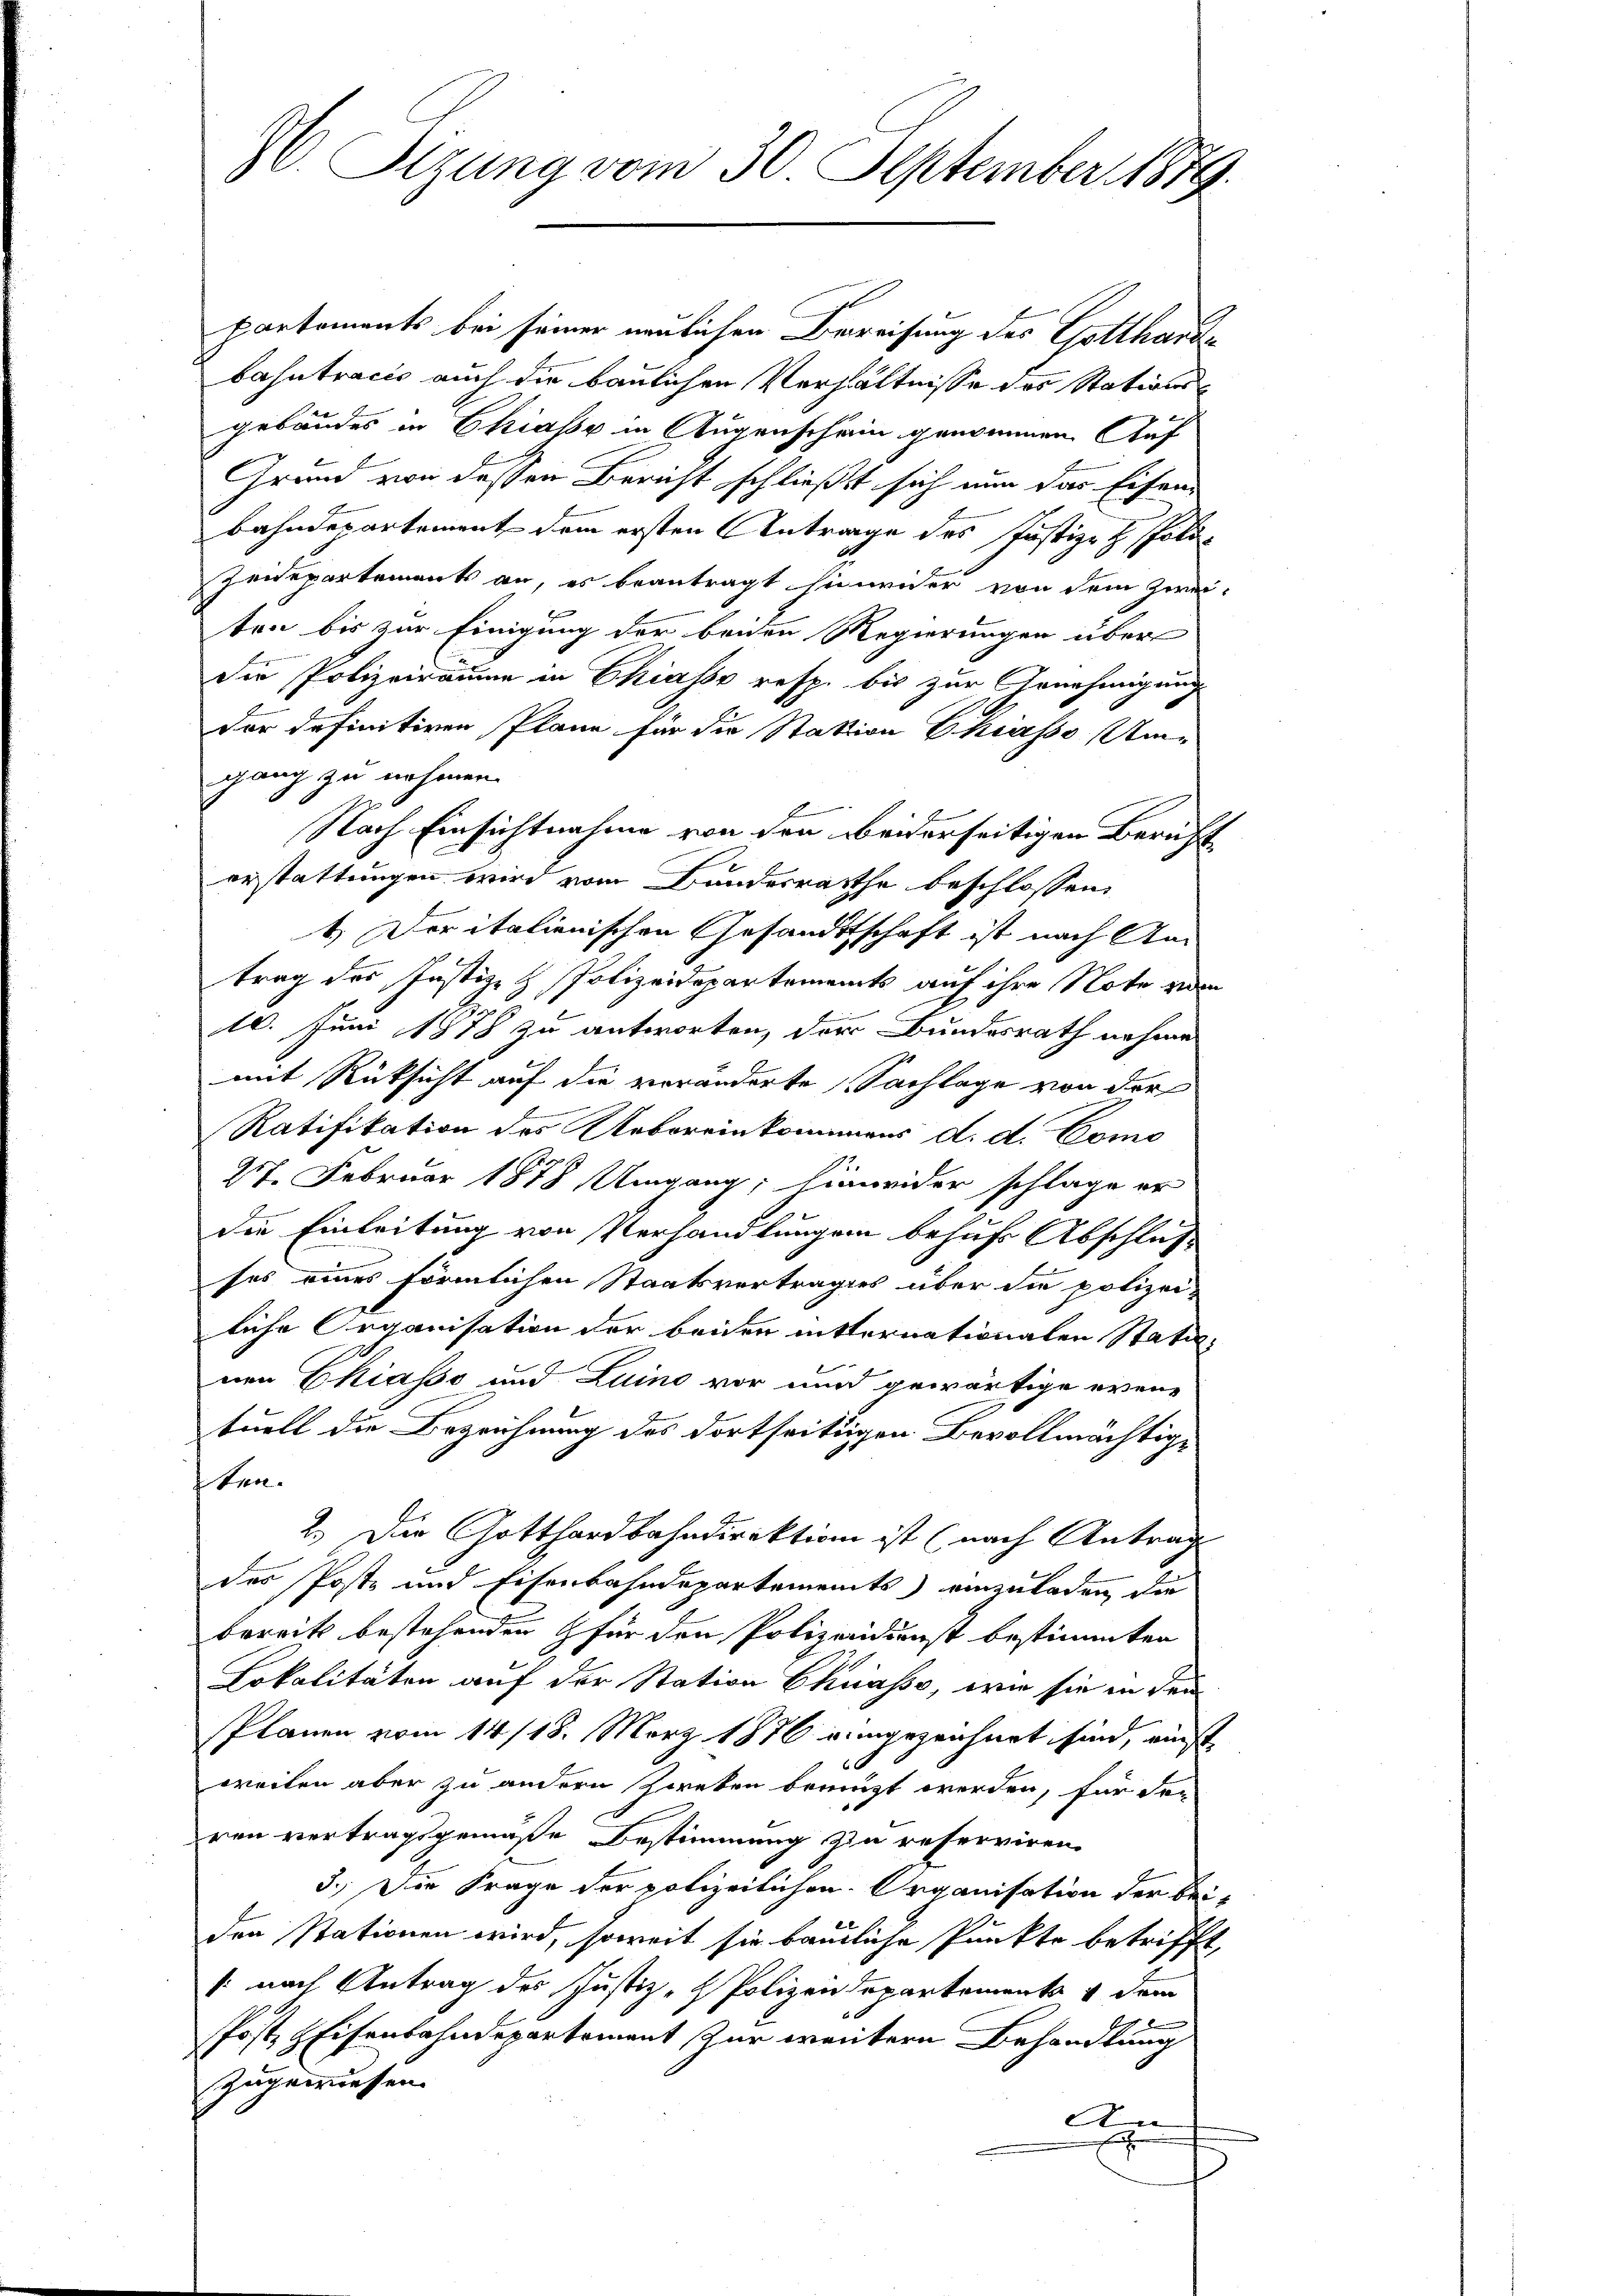
96. Sizung vom 30. September 1879.

partements bei seiner neulichen Beweisung des Gottharde
bahntracis auch die baulichen Verhältnisse des Stationsgebäudes in Chiasso in Augenschein genommen. Auf
Grund von dessen Bericht schließt sich nun das Eisenbahndepartement dem ersten Antrage des Justiz- & Poli¬
Zeidepartements an, es beantragt hinwider von dem Zweiten bis zur Einigung der beiden Regierungen über
Die Polizeiräume in Chiasso resp. bis zur Genehmigung
der definitiven Plane für die Station Ekiasso Ame
gang zu nehmen.
Nach Einsichtnahme von den beiderseitigen Bericht
orstattungen wird vom Bandesrathe beschlossen,
4.) Der italienischen Gesandtschaft ist nach An
trag des Justiz- & Polizeidepartements auf ihre Note zum
10. Juni 1878 zu antworten, der Bundesrath nehmen
mit Rücksicht auf die veränderte Sachlage von der
E
Ratifikation des Uebereinkommens d. d. Como
27. Februar 1878 Umgang, hinweider schlage er
die Einleitung von Verhandlungen behuf Abschlus
ses eines förmlichen Staatsvertrages über die polizei-
liche Organisation der beiden mitternationalen Statu-
nen Chiasso und Luino vor und gewärtige even-
tuell die Bezeichnung des dortseitigen Bevollmächtigten.
2.) Die Gotthardbahndirektion ist (nach Antrag
des Poste und Eisenbahndepartements einzuladen die
bereits bestehenden für den Polizeidienst bestimmten
Lokalitäten auf der Station Chiasso, wie sie in den
Plänen vom 14/18. März 1876 eingezeichnet sind, einst
weiten aber zu andern zweben beengt werden, für der
ren vertragsgemäße Bestimmung zu reserviren.
3.) Die Frage der polizeilichen Organisation der bei-
den stationen wird, soweit sie bäuliche Punkte betrifft,
: nach Antrag des Justiz- & Polizeidepartements & dem
Post, HEisenbahndepartement zur weitern Behandlung
zugewiesen.
An
E